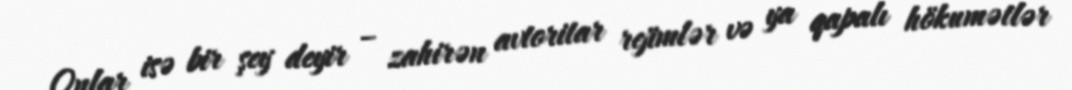
Onlar isə bir şey deyir – zahirən avtoritar rejimlər və ya qapalı hökumətlər